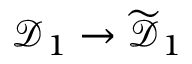
\mathcal { D } _ { 1 } \to \widetilde { \mathcal { D } } _ { 1 }